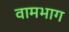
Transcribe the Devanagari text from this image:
वामभाग